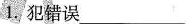
1. 犯错误____